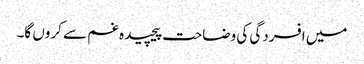
میں افسردگی کی وضاحت پیچیدہ غم سے کروں گا۔